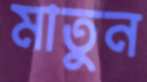
মাতুন